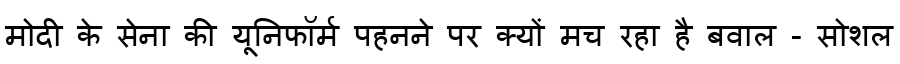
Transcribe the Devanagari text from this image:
मोदी के सेना की यूनिफॉर्म पहनने पर क्यों मच रहा है बवाल - सोशल